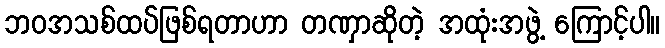
ဘဝအသစ်ထပ်ဖြစ်ရတာဟာ တဏှာဆိုတဲ့ အထုံးအဖွဲ့ ကြောင့်ပါ။